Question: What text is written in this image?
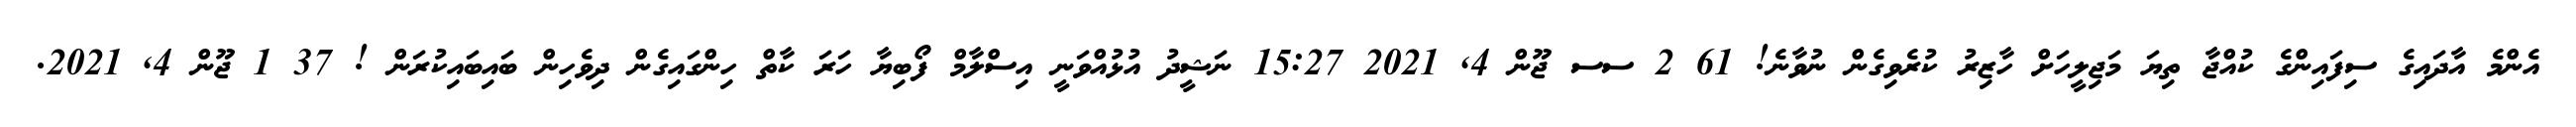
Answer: އެންމެ އާދައިގެ ސިފައިންގެ ކުއްޖާ ތިޔަ މަޖިލީހަށް ހާޒިރު ކުރެވިގެން ނުވާނެ! 61 2 ސސ ޖޫން 4, 2021 15:27 ނަޝީދު އުޅުއްވަނީ އިސްލާމް ފޯބިޔާ ހަރަ ކާތް ހިންގައިގެން ދިވެހިން ބައިބައިކުރަން ! 37 1 ޖޫން 4, 2021.